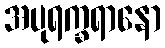
အပုရက္ခရာနော